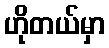
ဟိုတယ်မှာ